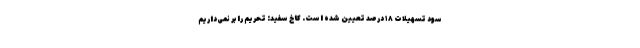
سود تسهیلات ۱۸ درصد تعیین شده است. کاخ سفید: تحریم را بر نمی‌داریم